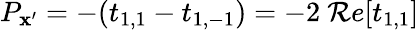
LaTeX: P_{\mathbf{x}^{\prime}}=-(t_{1,1}-t_{1,-1})=-2\ \mathcal{R}e[t_{1,1}]